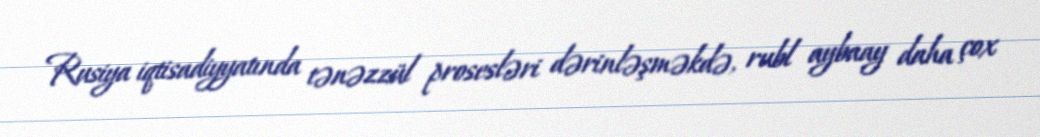
Rusiya iqtisadiyyatında tənəzzül prosesləri dərinləşməkdə, rubl aybaay daha çox